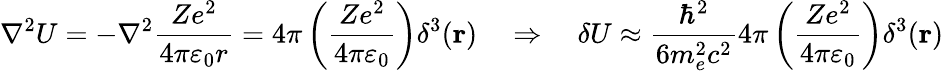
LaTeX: \nabla^{2}U=-\nabla^{2}{\frac{Ze^{2}}{4\pi\varepsilon_{0}r}}=4\pi\left({\frac{Ze^{2}}{4\pi\varepsilon_{0}}}\right)\delta^{3}(\mathbf{r})\quad\Rightarrow\quad\delta U\approx{\frac{\hbar^{2}}{6m_{e}^{2}c^{2}}}4\pi\left({\frac{Ze^{2}}{4\pi\varepsilon_{0}}}\right)\delta^{3}(\mathbf{r})